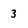
Character: 3